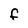
Character: f